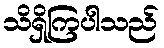
သိရှိကြပါသည်